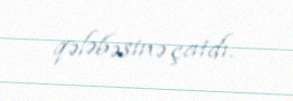
qələbəsinə çatdı.